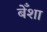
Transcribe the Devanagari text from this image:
बेँशा